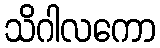
သိဂါလကော